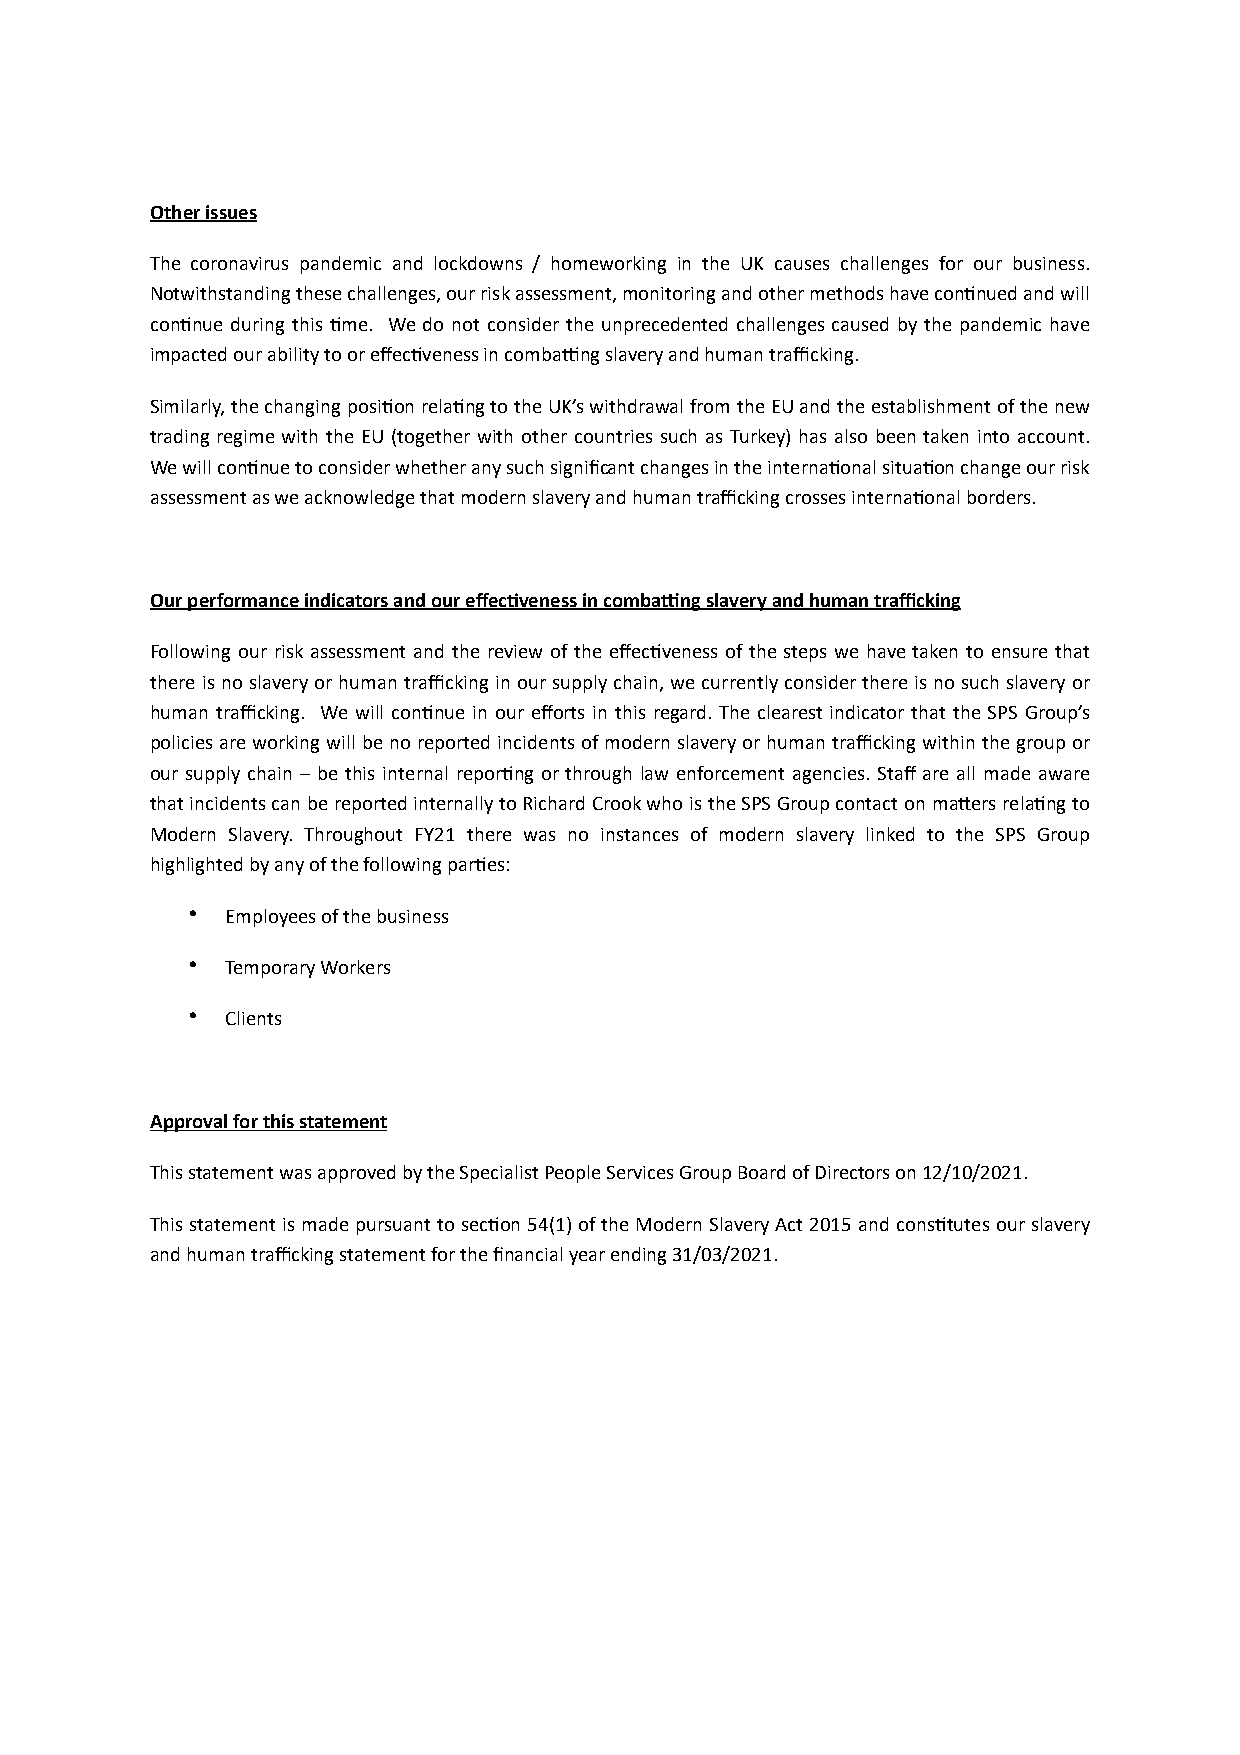
Other issues
 The coronavirus pandemic and lockdowns / homeworking in the UK causes challenges for our business.
 Notwithstanding these challenges, our risk assessment, monitoring and other methods have conCnued and will
 conCnue during this Cme. We do not consider the unprecedented challenges caused by the pandemic have
 impacted our ability to or effecCveness in combaQng slavery and human trafficking.
 Similarly, the changing posiCon relaCng to the UK’s withdrawal from the EU and the establishment of the new
 trading regime with the EU (together with other countries such as Turkey) has also been taken into account.
 We will conCnue to consider whether any such significant changes in the internaConal situaCon change our risk
 assessment as we acknowledge that modern slavery and human trafficking crosses internaConal borders.
 Our performance indicators and our effecNveness in combaYng slavery and human trafficking
 Following our risk assessment and the review of the effecCveness of the steps we have taken to ensure that
 there is no slavery or human trafficking in our supply chain, we currently consider there is no such slavery or
 human trafficking. We will conCnue in our efforts in this regard. The clearest indicator that the SPS Group’s
 policies are working will be no reported incidents of modern slavery or human trafficking within the group or
 our supply chain – be this internal reporCng or through law enforcement agencies. Staff are all made aware
 that incidents can be reported internally to Richard Crook who is the SPS Group contact on maPers relaCng to
 Modern Slavery. Throughout FY21 there was no instances of modern slavery linked to the SPS Group
 highlighted by any of the following parCes:
 •  Employees of the business
 •  Temporary Workers
 •  Clients
 Approval for this statement
 This statement was approved by the Specialist People Services Group Board of Directors on 12/10/2021.
 This statement is made pursuant to secCon 54(1) of the Modern Slavery Act 2015 and consCtutes our slavery
 and human trafficking statement for the financial year ending 31/03/2021.